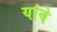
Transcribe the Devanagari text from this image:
यांवे